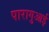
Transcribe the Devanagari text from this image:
पारागुआई